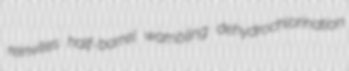
reinvites half-barrel wambling dehydrochlorination